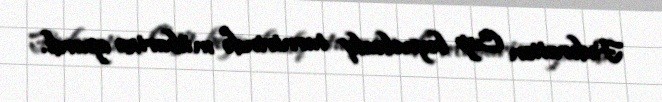
Federation Cup beynəlxalq turnirində mübarizə apardı.